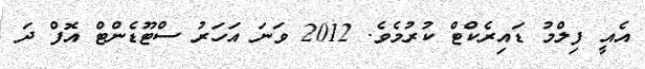
އެއީ ފިލްމު ޑައިރެކްޓް ކުުރުމެވެ. 2012 ވަނަ އަހަރު ސްޓޫޑެންޓް އޮފް ދަ